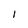
Character: I